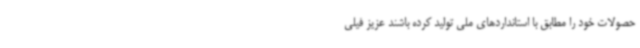
حصولات خود را مطابق با استانداردهای ملی تولید کرده باشند عزیز فیلی